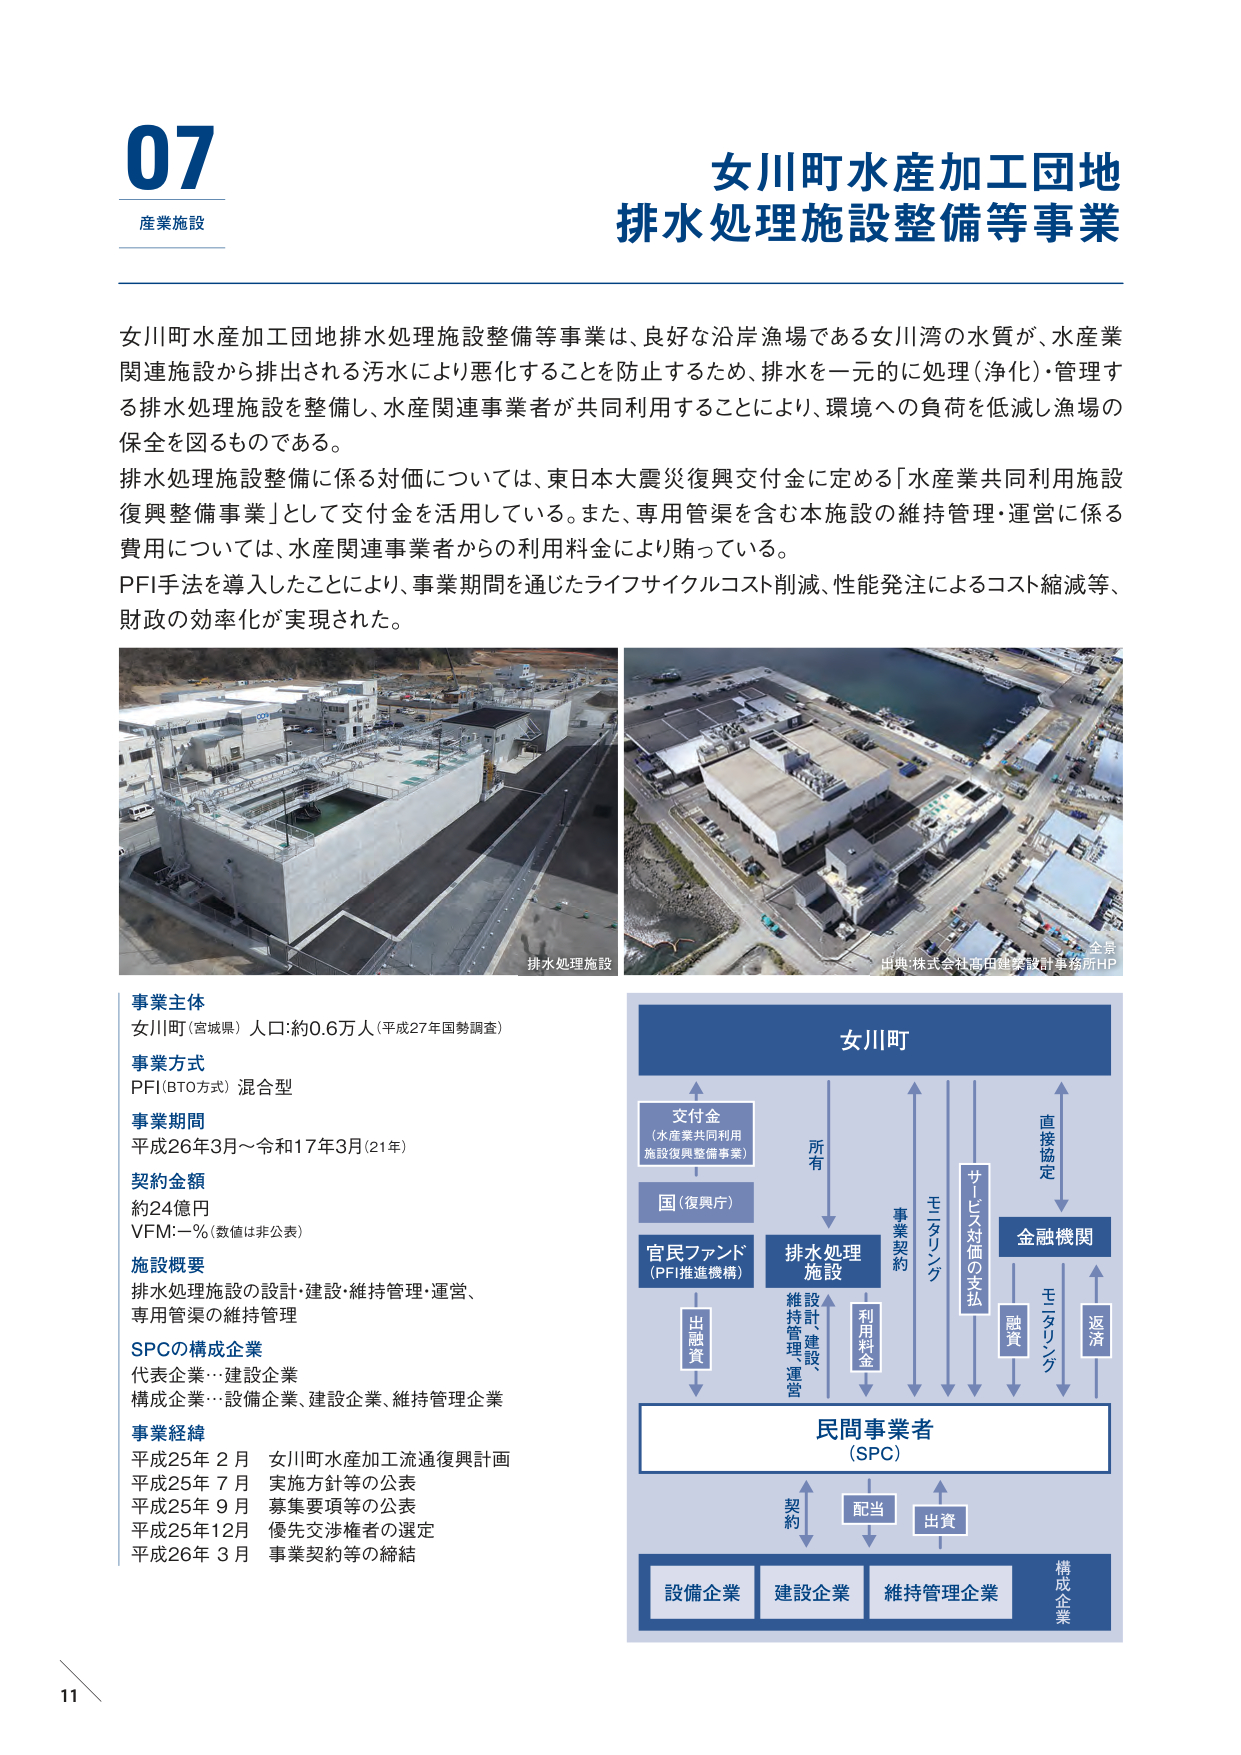
07
産業施設

女川町水産加工団地
排水処理施設整備等事業

女川町水産加工団地排水処理施設整備等事業は、良好な沿岸漁場である女川湾の水質が、水産業関連施設から排出される汚水により悪化することを防止するため、排水を一元的に処理（浄化）・管理する排水処理施設を整備し、水産関連事業者が共同利用することにより、環境への負荷を低減し漁場の保全を図るものである。
排水処理施設整備に係る対価については、東日本大震災復興交付金に定める「水産業共同利用施設復興整備事業」として交付金を活用している。また、専用管渠を含む本施設の維持管理・運営に係る費用については、水産関連事業者からの利用料金により賄っている。
PFI手法を導入したことにより、事業期間を通じたライフサイクルコスト削減、性能発注によるコスト縮減等、財政の効率化が実現された。

排水処理施設
全景
出典：株式会社髙田建築設計事務所HP

事業主体
女川町（宮城県） 人口：約0.6万人（平成27年国勢調査）

事業方式
PFI（BTO方式）混合型

事業期間
平成26年3月～令和17年3月（21年）

契約金額
約24億円
VFM：－％（数値は非公表）

施設概要
排水処理施設の設計・建設・維持管理・運営、
専用管渠の維持管理

SPCの構成企業
代表企業…建設企業
構成企業…設備企業、建設企業、維持管理企業

事業経緯
平成25年 2月 女川町水産加工流通復興計画
平成25年 7月 実施方針等の公表
平成25年 9月 募集要項等の公表
平成25年12月 優先交渉権者の選定
平成26年 3月 事業契約等の締結

女川町
交付金
（水産業共同利用
施設復興整備事業）
国（復興庁）
官民ファンド
（PFI推進機構）
出融資
排水処理
施設
所有
設計、
建設
維持管理
運営
利用料金
事業契約
モニタリング
サービス対価の支払
金融機関
直接協定
融資
モニタリング
返済
民間事業者
（SPC）
契約
配当
出資
設備企業
建設企業
維持管理企業
構成企業

11